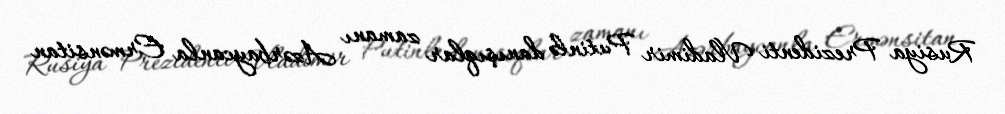
Rusiya Prezidenti Vladimir Putinlə danışıqlar zamanı Azərbaycanla Ermənsitan